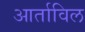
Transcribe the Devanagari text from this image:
आर्ताविल